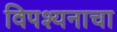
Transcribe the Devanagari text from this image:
विपश्यनाचा